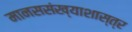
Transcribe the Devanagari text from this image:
मानससंख्याशास्त्र